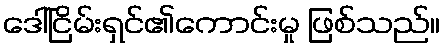
ဒေါ်ငြိမ်းရှင်၏ကောင်းမှု ဖြစ်သည်။